Subject: stat
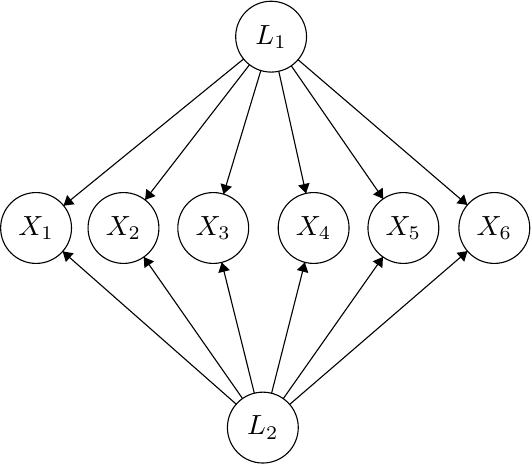
LaTeX code:
\begin{tikzpicture}[scale=0.15]
\tikzstyle{every node}+=[inner sep=0pt]
\draw [black] (26.1,-24.1) circle (3);
\draw (26.1,-24.1) node {$X_2$};
\draw [black] (18.7,-24.1) circle (3);
\draw (18.7,-24.1) node {$X_1$};
\draw [black] (38.6,-7.9) circle (3);
\draw (38.6,-7.9) node {$L_1$};
\draw [black] (33.7,-24.1) circle (3);
\draw (33.7,-24.1) node {$X_3$};
\draw [black] (42.2,-24.1) circle (3);
\draw (42.2,-24.1) node {$X_4$};
\draw [black] (49.8,-24.1) circle (3);
\draw (49.8,-24.1) node {$X_5$};
\draw [black] (57.5,-24.1) circle (3);
\draw (57.5,-24.1) node {$X_6$};
\draw [black] (37.9,-41) circle (3);
\draw (37.9,-41) node {$L_2$};
\draw [black] (36.27,-9.79) -- (21.03,-22.21);
\fill [black] (21.03,-22.21) -- (21.96,-22.09) -- (21.33,-21.31);
\draw [black] (36.77,-10.28) -- (27.93,-21.72);
\fill [black] (27.93,-21.72) -- (28.82,-21.4) -- (28.03,-20.79);
\draw [black] (37.73,-10.77) -- (34.57,-21.23);
\fill [black] (34.57,-21.23) -- (35.28,-20.61) -- (34.32,-20.32);
\draw [black] (39.25,-10.83) -- (41.55,-21.17);
\fill [black] (41.55,-21.17) -- (41.86,-20.28) -- (40.89,-20.5);
\draw [black] (40.31,-10.37) -- (48.09,-21.63);
\fill [black] (48.09,-21.63) -- (48.05,-20.69) -- (47.23,-21.26);
\draw [black] (40.88,-9.85) -- (55.22,-22.15);
\fill [black] (55.22,-22.15) -- (54.94,-21.25) -- (54.29,-22.01);
\draw [black] (37.18,-38.09) -- (34.42,-27.01);
\fill [black] (34.42,-27.01) -- (34.13,-27.91) -- (35.1,-27.67);
\draw [black] (38.64,-38.09) -- (41.46,-27.01);
\fill [black] (41.46,-27.01) -- (40.78,-27.66) -- (41.75,-27.91);
\draw [black] (39.63,-38.55) -- (48.07,-26.55);
\fill [black] (48.07,-26.55) -- (47.2,-26.92) -- (48.02,-27.49);
\draw [black] (40.17,-39.04) -- (55.23,-26.06);
\fill [black] (55.23,-26.06) -- (54.3,-26.2) -- (54.95,-26.96);
\draw [black] (36.18,-38.54) -- (27.82,-26.56);
\fill [black] (27.82,-26.56) -- (27.87,-27.5) -- (28.69,-26.93);
\draw [black] (35.65,-39.02) -- (20.95,-26.08);
\fill [black] (20.95,-26.08) -- (21.22,-26.99) -- (21.88,-26.24);
\end{tikzpicture}